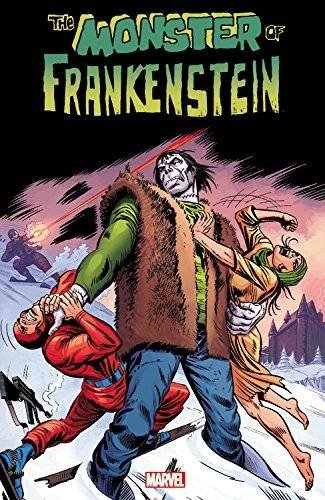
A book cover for Monster of Frankenstein Vol. 1; Gary Friedrich; Comics & Graphic Novels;